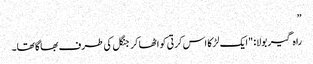
”
راہ گیر بولا: "ایک لڑکا اس کرتی کو اٹھا کر جنگل کی طرف بھاگا تھا۔